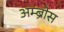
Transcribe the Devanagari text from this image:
अम्ब्रोस